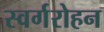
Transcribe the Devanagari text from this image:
स्वर्गरोहन